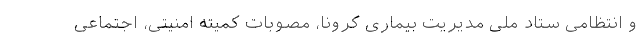
و انتظامی ستاد ملی مدیریت بیماری کرونا، مصوبات کمیته امنیتی، اجتماعی